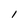
Character: l